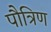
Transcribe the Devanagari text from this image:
पौत्रिण